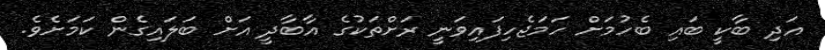
އަދި ބާކީ ބައި ބެހުމަށް ހަމަޖެހިފައިވަނީ ރަށްތަކުގެ އާބާދީ އަށް ބަލައިގެން ކަމަށެވެ.